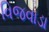
વિજવાડા